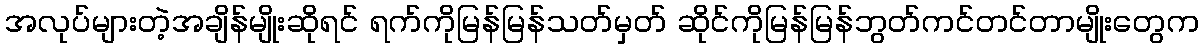
အလုပ်များတဲ့အချိန်မျိုးဆိုရင် ရက်ကိုမြန်မြန်သတ်မှတ် ဆိုင်ကိုမြန်မြန်ဘွတ်ကင်တင်တာမျိုးတွေက